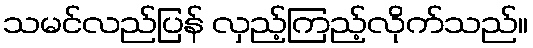
သမင်လည်ပြန် လှည့်ကြည့်လိုက်သည်။